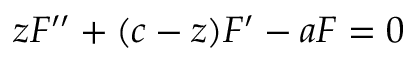
z F ^ { \prime \prime } + ( c - z ) F ^ { \prime } - a F = 0